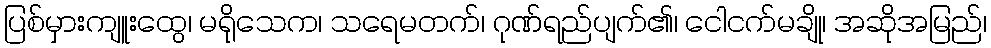
ပြစ်မှားကျူးထွေ၊ မရိုသေက၊ သရေမတက်၊ ဂုဏ်ရည်ပျက်၏၊ ငေါငက်မချို၊ အဆိုအမြည်၊